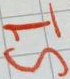
Text: S1